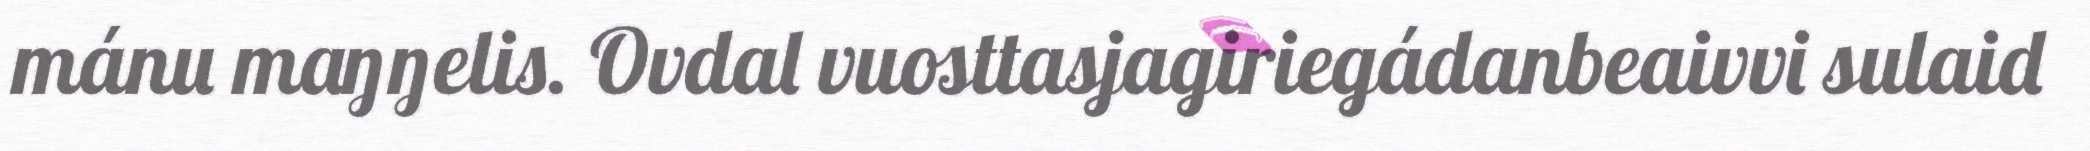
mánu maŋŋelis. Ovdal vuosttasjagiriegádanbeaivvi sulaid